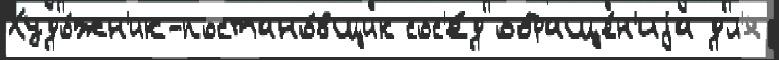
Худо́жн'ик-постано́вщик сос'е́д обраще́н'иjа дл'я